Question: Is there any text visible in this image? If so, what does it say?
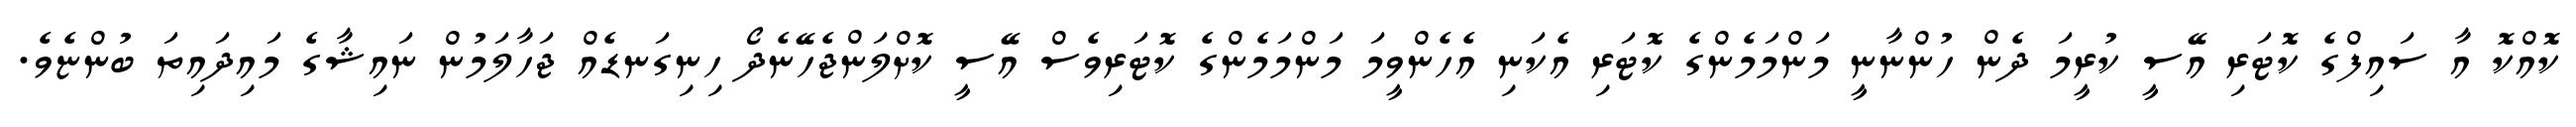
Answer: ކޮއްކޮ އާ ސައިފްގެ ކޮޓަރި އޭސީ ކުރީމަ ދެން ހުންނާނީ މަންމަމެންގެ ކޮޓަރި އެކަނި އެހެންވީމަ މަންމަމެންގެ ކޮޓަރިވެސް އޭސީ ކޮށްލަންޖެހޭނެދޯ ހިނިގަނޑެއް ޖަހާލަމުން ނައިޝާގެ މައިދައިތަ ބުންޏެވެ.